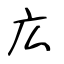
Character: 広